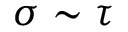
\sigma \sim \tau